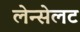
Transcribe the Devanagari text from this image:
लेन्सेलट